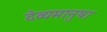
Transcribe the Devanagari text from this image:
देव्यमानुषा